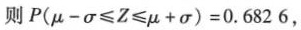
则 $$P ( μ - σ ≤ Z ≤ μ + σ ) = 0 . 6 8 2 6%%，